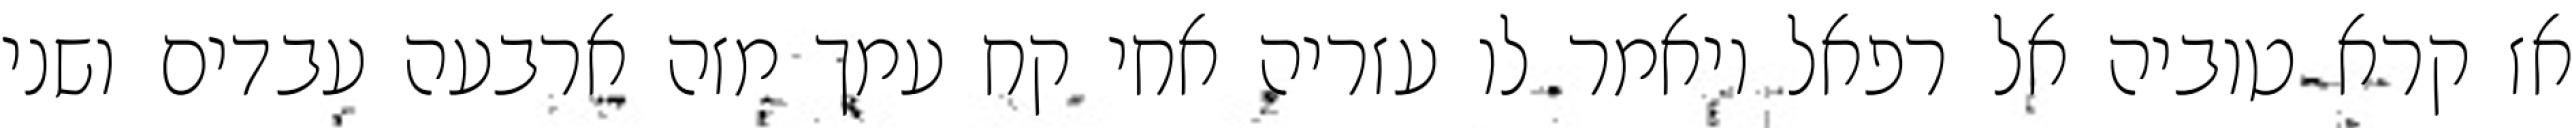
אז קרא טוביה אל רפאל ויאמר לו עזריה אחי קח עמך מזה ארבעה עבדים ושני